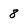
Character: 8